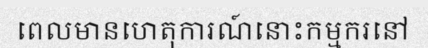
ពេលមានហេតុការណ៍នោះកម្មករនៅ